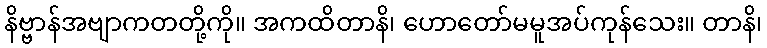
နိဗ္ဗာန်အဗျာကတတို့ကို။ အကထိတာနိ၊ ဟောတော်မမူအပ်ကုန်သေး။ တာနိ၊